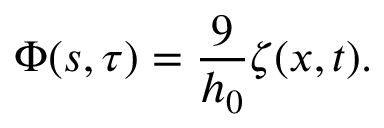
\Phi ( s , \tau ) = \frac { 9 } { h _ { 0 } } \zeta ( x , t ) .